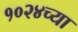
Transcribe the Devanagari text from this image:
१०२४च्या